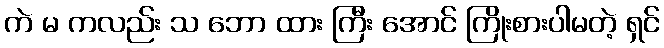
ကဲ မ ကလည်း သ ဘော ထား ကြီး အောင် ကြိုးစားပါမတဲ့ ရှင်